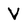
Character: V